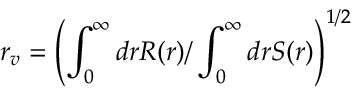
r _ { v } = \left( \int _ { 0 } ^ { \infty } d r R ( r ) / \int _ { 0 } ^ { \infty } d r S ( r ) \right) ^ { 1 / 2 }